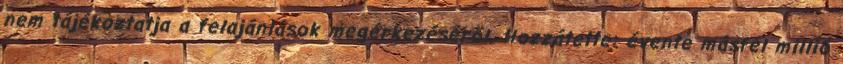
nem tájékoztatja a felajánlások megérkezéséről. Hozzátette: évente másfél millió